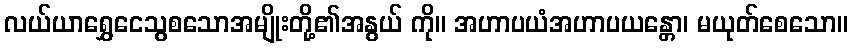
လယ်ယာရွှေငေသွစသောအမျိုးတို့၏အနွယ် ကို။ အဟာပယံအဟာပယန္တော၊ မယုတ်စေသော။